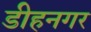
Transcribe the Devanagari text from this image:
डीहनगर